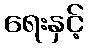
ရေးနှင့်